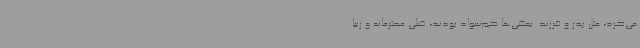
می‌کرد، مثل پدر و فرزند. بعضی‌ها کم‌سواد بودند، خیلی محترمانه و زیبا